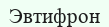
Эвтифрон